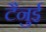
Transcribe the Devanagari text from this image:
टैनुई